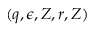
( q , \epsilon , Z , r , Z )